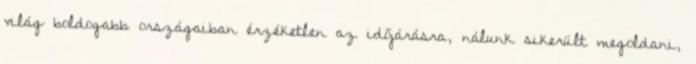
világ boldogabb országaiban érzéketlen az időjárásra, nálunk sikerült megoldani,